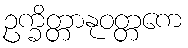
ဥက္ခိတ္တာနုဝတ္တကေ